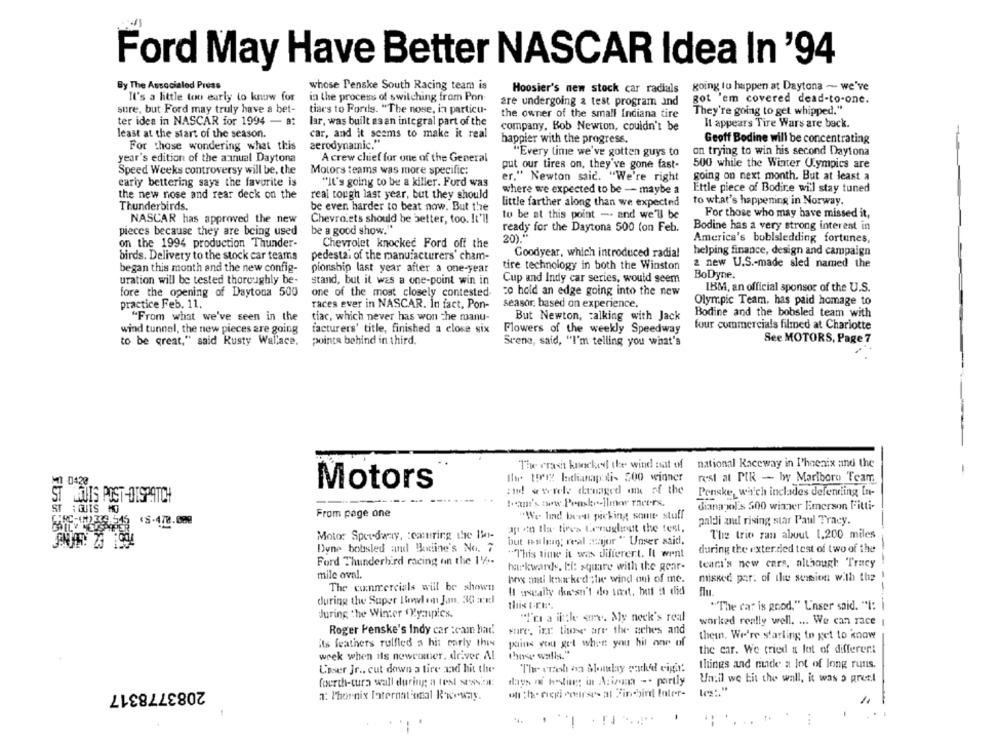
Ford May Have Better NASCAR Idea In '94
By The Associated Press
whose Penske South Racing team is
Hoosier's new stock car radials
going to happen at Daytona - we've
It's a little too early to know for
in the process of switching from Pon
are undergoing & test program and
got 'em covered dead-to-one.
sure, but Ford may truly have a bet-
tiars to Fords. "The nose, in particu-
They're going to get whipped."
the owner of the small Indiana tire
ter idea in NASCAR for 1994 - 8:
lar, was built asan integral part of the
company, Bob Newton, couldn't be
It appears Tire Wars are back.
least at the start of the season.
car, and it seems to make it real
happier with the progress.
Geoff Bodine will be concentrating
For those wondering what this
aerodynamic."
"Every time we've gotten guys to
on trying to win his second Daytona
year's edition of the annual Daytona
A crew chief for one of the General
500 while the Winter Olympics are
Speed Weeks controversy will be, the
Motors teams was more specific:
put our tires on, they've gone fast-
er," Newton said. "We're right
going on next month. But at least a
early bettering says the favorite is
"It's going to be a killer. Ford was
where we expected to be -- maybe a
Ettle piece of Bodire will stay tuned
the new nose and rear deck on the
real tough last year, but they should
to what's happening in Norway.
Thunderbirds.
be even harder to beat now. But the
little farther along than we expected
to be at this point - and we'll be
For those who may have missed it,
NASCAR has approved the new
Chevrolets should be better, too. It'l!
be a good show."
ready for the Daytona 500 (on Feb.
Bodine has a very strong interest in
pieces because they are being used
20)."
on the 1994 production Thunder-
Chevrolet knocked Ford off the
America's bublsledding fortunes,
Goodyear, which introduced radia!
helping finance, design and campaign
birds. Delivery to the stock car teams
pedestal of the manufacturers' cham-
began this month and the new config-
tire technology in both the Winston
2 new U.S .- made sled named the
pionship last year after a one-year
BoDyne.
uration will be tested thoroughly be-
stand, but it was a one-point win in
Cup and Indy car series, would seem
IBM, an official sponsor of the U.S.
fore the opening of Daytona 500
one of the most closely contested-
co hold an edge going into the new
practice Feb. 11.
races ever in NASCAR. In fact, Pon-
seasor, based on experience.
Olympic Team, has paid homage to
"From what we've seen in the
tiac, which never has won the manu-
But Newton, talking with Jack
Bodine and the bobsled team with
four commercials filmed at Charlotte
wind tunnel, the new pieces are going
facturers' title, finished a close six
Flowers of the weekly Speedway
to be great," said Rusty Wallace,
pointa behind in third.
Scene, said, "I'm telling you what's
See MOTORS, Page 7
The crash knocked the wind nat of
national Raceway in I'hoenix and the
-
Ihr to12 Indianapolis 500 winner
rest at PIR - by Marlboro Team
Motors
and! @ werele cruaged anx of the
Penske, which includes defending In-
ST LOUIS POST-DISPATCH
tom's www .Peestrellmar racers.
ST : QUIS HG
From page one
dianayol's 500 winner Emerson Fitti-
"We had been peking! some stuff
paldi and rising star Paul Tracy.
'S-478.000
Motor Speedway, : cacuring the Ikt-
ap do the tives Cenuglirutt the text,
The trip ran about 1,200 miles
but enlig; real amajor " Unser said.
Dyne bobsled and Boiine's No. 7
during the extended test of two of the
"This time it was difierert. It went
Ford Thunderbird racing on the 1'A.
teari's new cars, although Tracy
harkwards. bi: square with the gear-
mile oval.
hey anti lemarked ; he wind out of me.
missed por. of the session with the
The commercials will be shown
--
Il usually chuesn't do uit, but it did
flu.
during the Super Bowlem Jan, 30 xxl
""The cat is good." L'inser said. "I:
during the Winter Yyanipics.
"I'ni a little stre. My neck's real
worked really well. ... We can race
Roger Penske's Indy car :cam had!
sure, irx these are the aches and
them, We're starting to get to know
its feathers rulfled a hit early this
pains you get when you hil one of
those wally."
the car. We tried a lot of different
week when ils newcomer. driver A!
The crash on blomhay gudd'd cigar!
things and runde a lot of long runs.
Loser Jr ., cut down a tire and hit the
fourth-tura wall during a test session:
days of hestiar: in Arizona -. partly
Un:il we Eit the wall, it was a preel
2083778317
a: Phoenix International Rw-way.
-
...